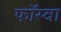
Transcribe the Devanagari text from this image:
फॉस्वा